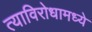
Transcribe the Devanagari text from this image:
त्याविरोधामध्ये